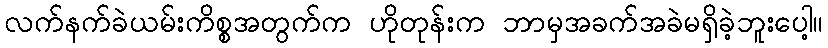
လက်နက်ခဲယမ်းကိစ္စအတွက်က ဟိုတုန်းက ဘာမှအခက်အခဲမရှိခဲ့ဘူးပေါ့။